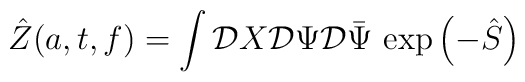
\hat Z(a,t,f)=\int{\cal D}X{\cal D}\Psi{\cal D}\bar\Psi\,\exp{\left(-\hat S\right)}